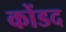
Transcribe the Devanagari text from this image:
कोंडद